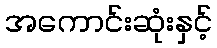
အကောင်းဆုံးနှင့်